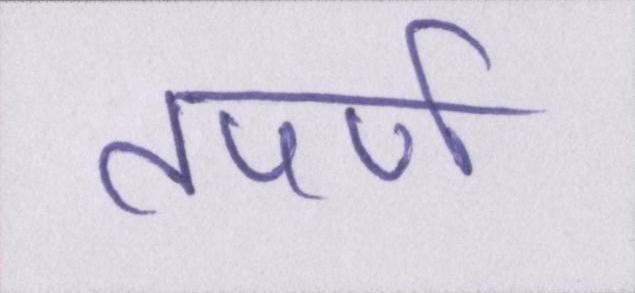
तपर्ण